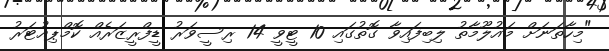
"މިހާތަނަށް މައުލޫމާތު ލިބިފައިވާ ގޮތުގައި 10 ޓީވީ 14 ރިސީވަރު ޑީފްރީޒަރެއް ކޮމްޕިއުޓަރު